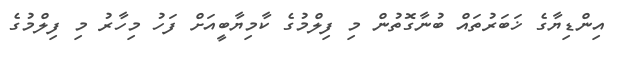
އިންޑިޔާގެ ޚަބަރުތައް ބުނާގޮތުން މި ފިލްމުގެ ކާމިޔާބީއަށް ފަހު މިހާރު މި ފިލްމުގެ